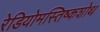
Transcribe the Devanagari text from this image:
रेडियोमस्तिष्कशोथ